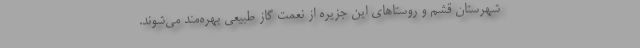
شهرستان قشم و روستاهای این جزیره از نعمت گاز طبیعی بهره‌مند می‌شوند.